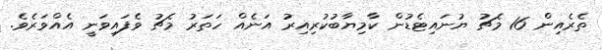
ތެރެއިން 16 މެޗު ޔުނައިޓެޑުން ކާމިޔާބުކުރިއިރު އަނެއް ހަތަރު މެޗު ވެފައިވަނީ އެއްވަރެވެ.